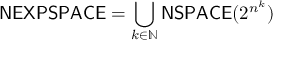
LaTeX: { \mathsf { N E X P S P A C E } } = \bigcup _ { k \in \mathbb { N } } { \mathsf { N S P A C E } } ( 2 ^ { n ^ { k } } )